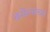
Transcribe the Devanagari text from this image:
ब्रसेल्सच्या